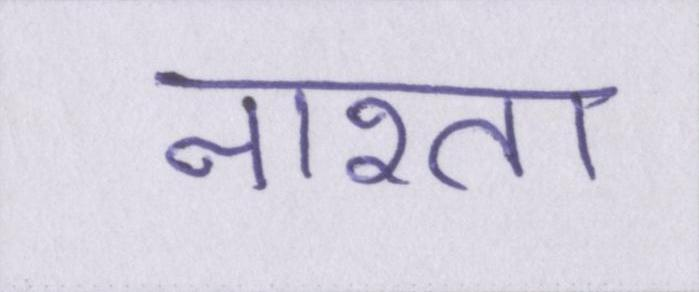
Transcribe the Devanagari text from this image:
नाश्ता